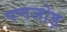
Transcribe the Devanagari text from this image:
पणजोड़